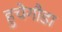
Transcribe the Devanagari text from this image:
हुचेगौडा